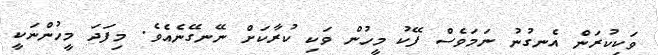
ވަކިކުރަން އެނގުނު ނަމަވެސް ފޭކު މީހުން ވަކި ކުރާކަށް ނޭނގޭނެއެވެ. މިފަދަ މީހުންނަކީ